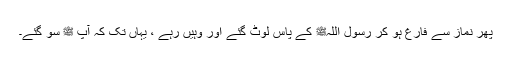
پھر نماز سے فارغ ہو کر رسول اللہﷺ کے پاس لوٹ گئے اور وہیں رہے ، یہاں تک کہ آپ ﷺ سو گئے۔